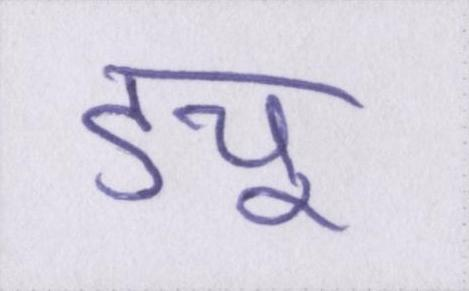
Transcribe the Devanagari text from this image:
ड्यू